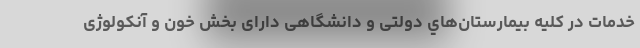
خدمات در كليه بيمارستان‌هاي دولتی و دانشگاهی دارای بخش خون و آنکولوژی